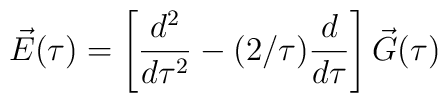
\vec{E}(\tau)=\left[ {d^2 \over d\tau^2} -(2/\tau){d \over d\tau} \right] \vec{G}(\tau)